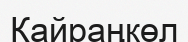
Қайраңкөл